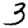
Digit: 3